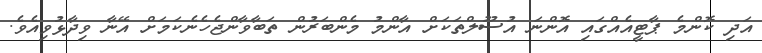
އަދި ކޮންމެ ޕާޓީއެއްގައި އޮންނަ އުސޫލްތަކަށް އާންމު މެންބަރުން ތަބާވާންޖެހެނެކަމަށް އޭނާ ވިދާޅުވިއެވެ.